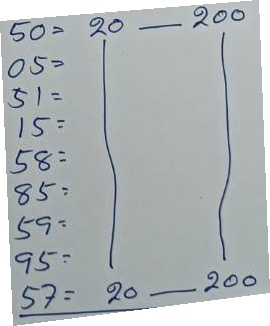
50 = 20 - 200
05 = 20 - 200
51 = 20 - 200
15 = 20 - 200
58 = 20 - 200
85 = 20 - 200
59 = 20 - 200
95 = 20 - 200
57 = 20 - 200